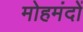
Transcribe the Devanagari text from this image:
मोहमंदों